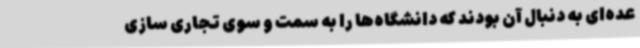
عده‌ای به دنبال آن بودند که دانشگاه‌ها را به سمت و سوی تجاری سازی